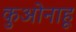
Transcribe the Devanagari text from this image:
कुओनाहू